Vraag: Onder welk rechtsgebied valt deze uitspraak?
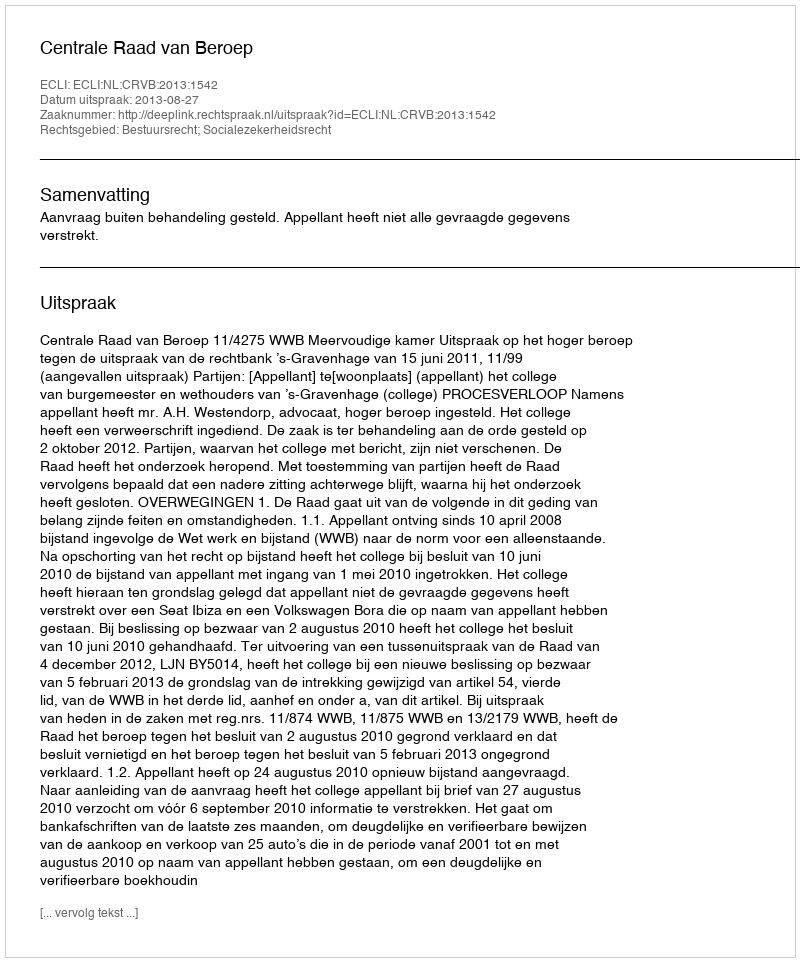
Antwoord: Bestuursrecht; Socialezekerheidsrecht